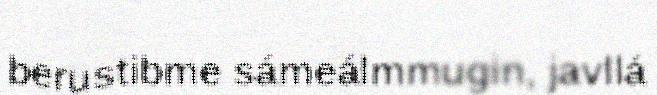
berustibme sámeálmmugin, javllá